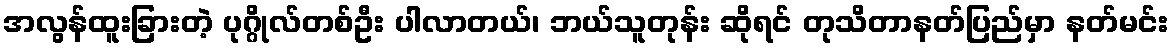
အလွန်ထူးခြားတဲ့ ပုဂ္ဂိုလ်တစ်ဦး ပါလာတယ်၊ ဘယ်သူတုန်း ဆိုရင် တုသိတာနတ်ပြည်မှာ နတ်မင်း